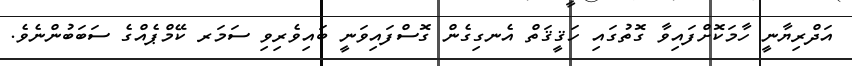
އަދްރިޔާނީ ހާމަކޮށްފައިވާ ގޮތުގައި ހަޤީޤަތް އެނގިގެން ގޮސްފައިވަނީ ބައިވެރިވި ސަމަރ ކޭމްޕެއްގެ ސަބަބުންނެވެ.